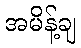
အမိန့်ချ